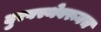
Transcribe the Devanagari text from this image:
दुरवस्थेवरूनच